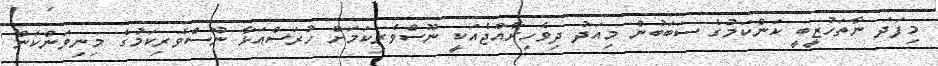
މިފަދަ ނާތަހުޒީބީ ކަންކަމުގެ ސަބަބުން މިއަދު ދިވެހިރާއްޖެއަކީ ނޫސްވެރިކަމަށް ހުރަސްއަޅާ ނޫސްވެރިކަމުގެ މިނިވަންކަން